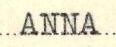
ANNA